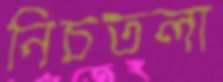
নিচতলা